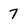
Character: 7